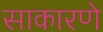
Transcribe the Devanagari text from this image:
साकारणे